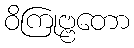
ဝိကြုဗ္ဗတော